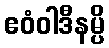
ဧဝံဝါဒီနမ္ပိ